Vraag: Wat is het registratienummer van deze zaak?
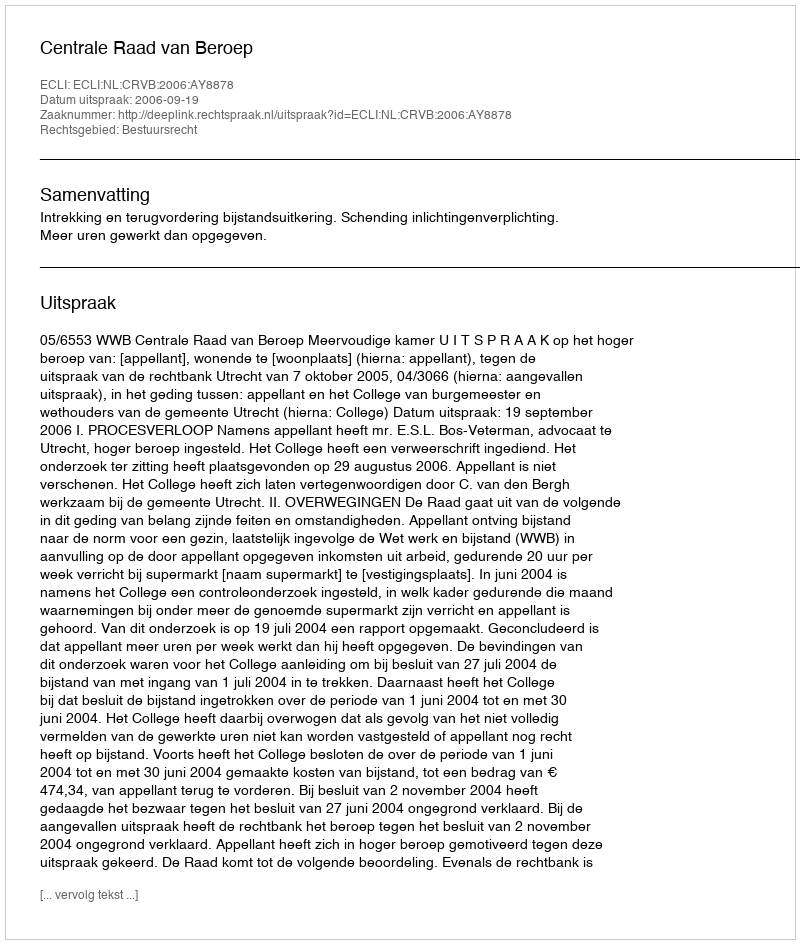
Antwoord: http://deeplink.rechtspraak.nl/uitspraak?id=ECLI:NL:CRVB:2006:AY8878